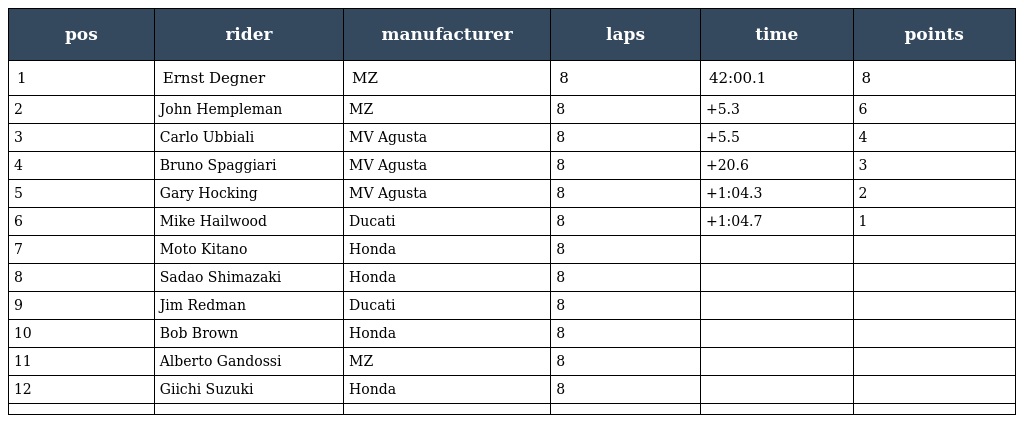
| pos | rider | manufacturer | laps | time | points |
 | --- | --- | --- | --- | --- | --- |
 | 1 | Ernst Degner | MZ | 8 | 42:00.1 | 8 |
 | 2 | John Hempleman | MZ | 8 | +5.3 | 6 |
 | 3 | Carlo Ubbiali | MV Agusta | 8 | +5.5 | 4 |
 | 4 | Bruno Spaggiari | MV Agusta | 8 | +20.6 | 3 |
 | 5 | Gary Hocking | MV Agusta | 8 | +1:04.3 | 2 |
 | 6 | Mike Hailwood | Ducati | 8 | +1:04.7 | 1 |
 | 7 | Moto Kitano | Honda | 8 |  |  |
 | 8 | Sadao Shimazaki | Honda | 8 |  |  |
 | 9 | Jim Redman | Ducati | 8 |  |  |
 | 10 | Bob Brown | Honda | 8 |  |  |
 | 11 | Alberto Gandossi | MZ | 8 |  |  |
 | 12 | Giichi Suzuki | Honda | 8 |  |  |
 |  |  |  |  |  |  |